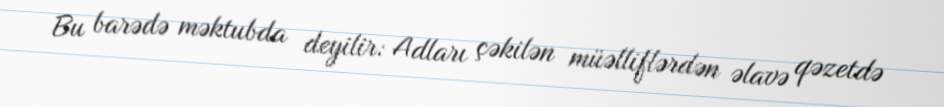
Bu barədə məktubda deyilir: Adları çəkilən müəlliflərdən əlavə qəzetdə